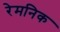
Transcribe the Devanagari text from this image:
रेमनिक